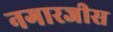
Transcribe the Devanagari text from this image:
नगारजीस